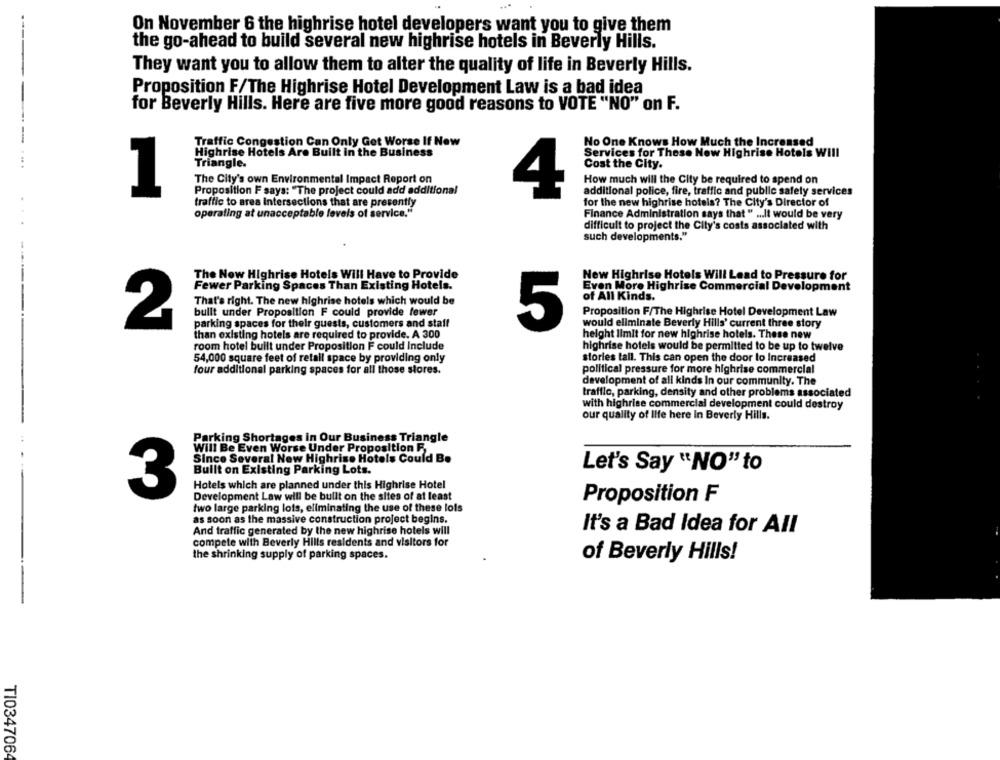
On November 6 the highrise hotel developers want you to give them
the go-ahead to build several new highrise hotels in Beverly Hills.
They want you to allow them to alter the quality of life in Beverly Hills.
Proposition F/The Highrise Hotel Development Law is a bad idea
for Beverly Hills. Here are five more good reasons to VOTE "NO" on F.
Traffic Congestion Can Only Get Worse If Now
No One Knows How Much the Increased
Highrise Hotels Are Built In the Business
Services for These Now Highrise Hotels Will
Triangle.
Cost the City.
The City's own Environmental Impact Report on
How much will the City be required to spend on
1
Proposition F says: "The project could add additional
additional police, fire, traffic and public safety services
4
traffic to area Intersections that are presently
for the new highrise hotels? The City's Director of
operating at unacceptable levels of service."
Finance Administration says that " ... It would be very
difficult to project the City's costs associated with
such developments."
The Now Highrise Hotels Will Have to Provide
New Highrise Hotels Will Lead to Pressure for
Fewer Parking Spaces Than Existing Hotels.
Even More Highrise Commercial Development
of All Kinds.
That's right. The new highrise hotels which would be
Proposition F/The Highrise Hotel Development Law
bullt under Proposition F could provide fewer
2
parking spaces for their guests, customers and staff
5
would eliminate Beverly Hills' current three story
than existing hotels are required to provide. A 300
height limit for new highrise hotels. These new
room hotel built under Proposition F could Include
highrise hotels would be permitted to be up to twelve
stories tall. This can open the door to Increased
54,000 square feet of retail space by providing only
four additional parking spaces for all those stores.
political pressure for more highrise commercial
development of all kinds In our community. The
traffic, parking, density and other problems associated
with highrise commercial development could destroy
our quality of life here In Beverly Hills.
Parking Shortages in Our Business Triangle
Will Be Even Worse Under Proposition F.
Since Several New Highrise Hotels Could Be
Built on Existing Parking Lots.
Let's Say "NO" to
Hotels which are planned under this Highrise Hotel
3
Development Law will be built on the sites of at least
Proposition F
two large parking lots, eliminating the use of these lois
as soon as the massive construction project begins.
And traffic generated by the new highrise hotels will
It's a Bad Idea for All
compete with Beverly Hills residents and visitors for
the shrinking supply of parking spaces.
of Beverly Hills!
TI034706